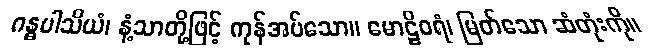
ဂန္ဓပါသိယံ၊ နံ့သာတို့ဖြင့် ကုန်အပ်သော။ မောဠိဝရံ၊ မြတ်သော ဆံတုံးကို။